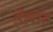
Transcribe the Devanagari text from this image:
ईलात